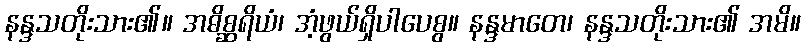
နန္ဒသတိုးသား၏။ အဓိစ္ဆရိယံ၊ အံ့ဖွယ်ရှိပါပေစွ။ နန္ဒမာတေ၊ နန္ဒသတိုးသား၏ အမိ။